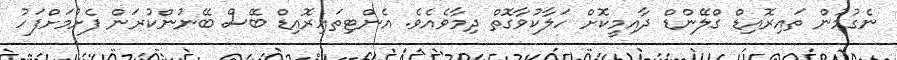
ނެގުމުން ތައިރޮއިޑް ގްލޭންޑް ދާއިމީކޮށް ހަލާކުވާގޮތް ދިމާވެއެވެ. އެންޓިތައިރޮއިޑް ބޭސް ބޭނުންކުރަން ފެށުމަށްފަހު